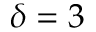
\delta = 3